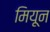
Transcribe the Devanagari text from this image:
मियून